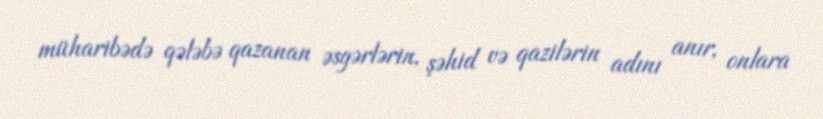
müharibədə qələbə qazanan əsgərlərin, şəhid və qazilərin adını anır, onlara